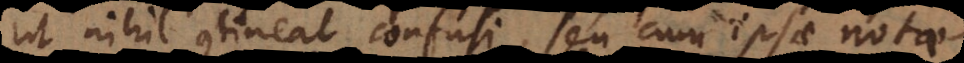
ut nihil contineat confusi, seu cum ipsae notae